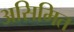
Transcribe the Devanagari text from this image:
असिमित